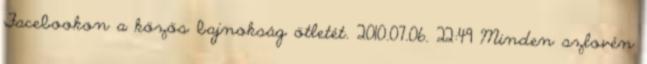
Facebookon a közös bajnokság ötletét. 2010.07.06. 22:49 Minden szlovén